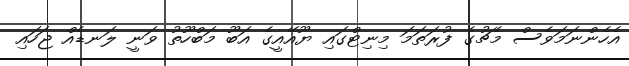
އެހެންނަމަވެސް މެޗުގެ ފުރަތަމަ މިނިޓްގައި ޔޫއޭއީގެ އަބޫ މަބްހޫތު ވަނީ ލަނޑެއް ޖަހައި